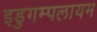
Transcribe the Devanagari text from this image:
इडुगम्पलायम